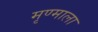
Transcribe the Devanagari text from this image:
मृण्माला